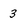
Character: 3